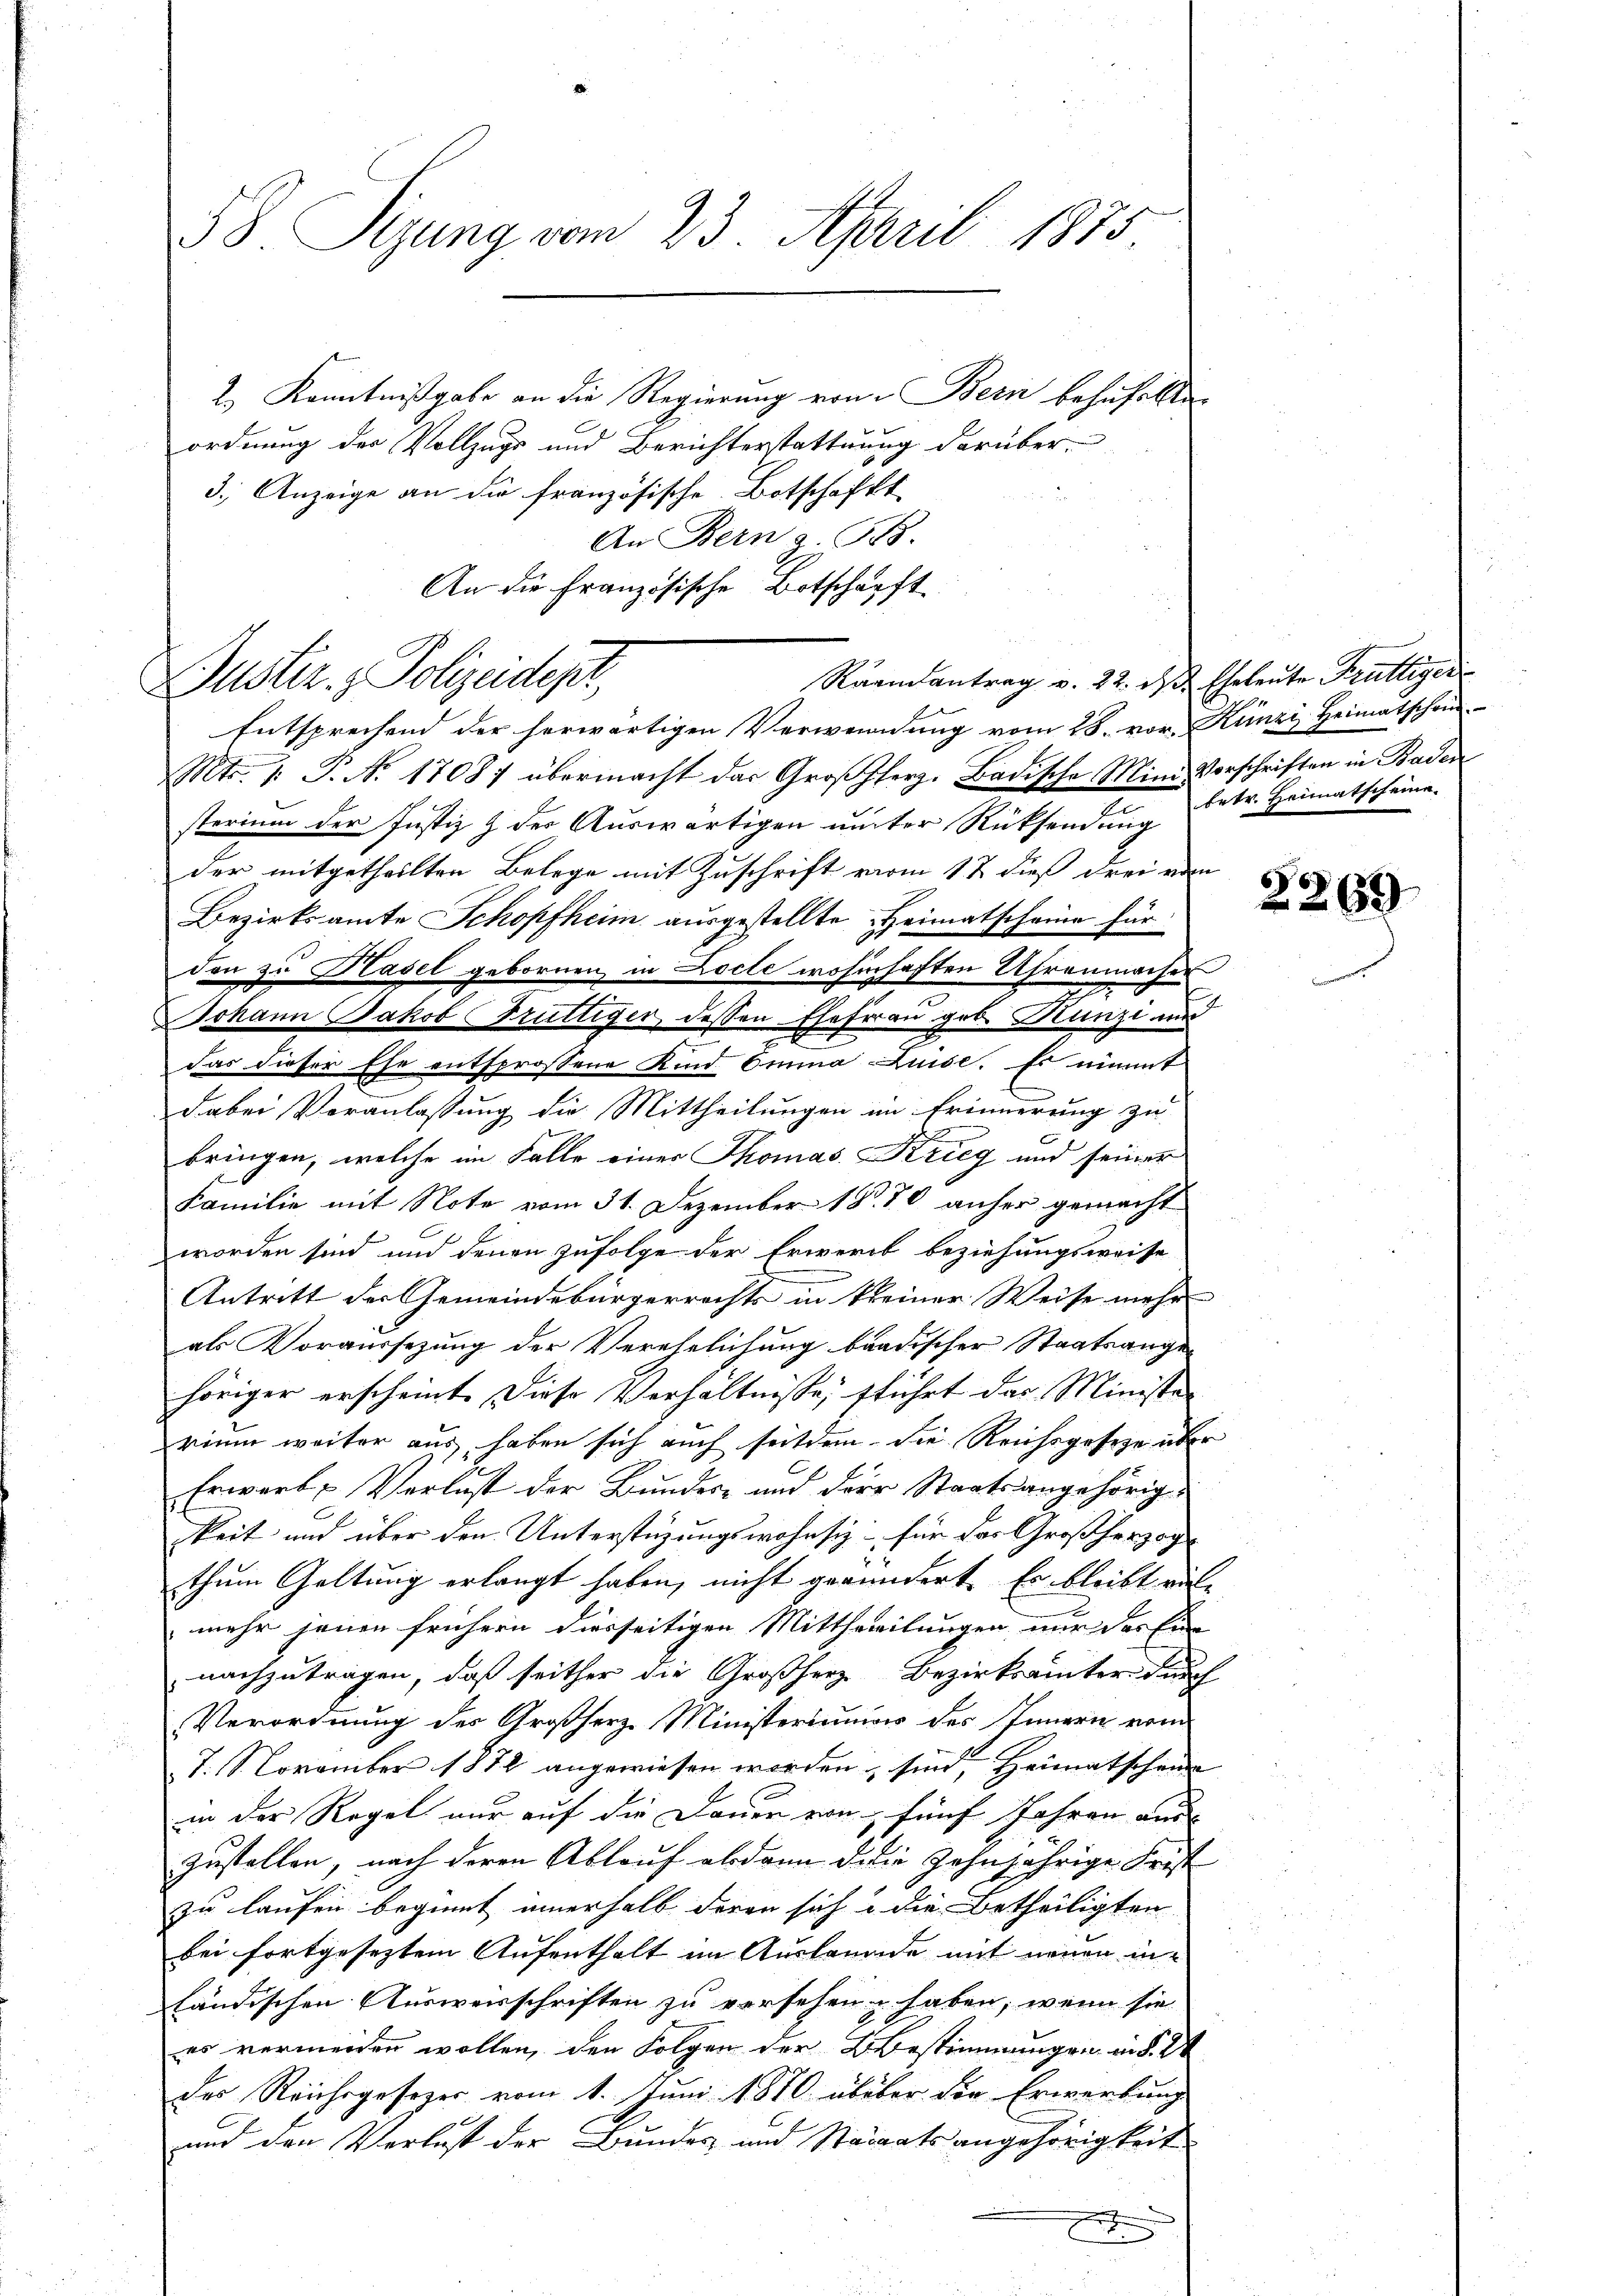
58 Sizung vom 23. April 1875

2.) Kenntnißgabe an die Regierung von Bern behufällte
ordnung der Vollzugs und Berichterstattuung darüber¬
3.) Anzeige an die französische Botschafft
An Bern a. 588.
An die Französische Botschärft
Raamantrag v. 22. des Eheleute Früttiger
Entsprechend der herwärtigen Verwendung vom 28. vor. Künzi, Heimatschein-
Mts. 1. P. Nr. 17087 übermacht das Großherz- Badische Mini Vorschriften in Baden
sterium der Justiz & der Auswärtigen unter Rücksendung
der mitgetheilten Belege mit Zuschrift vom 17 dieß drei von
Bezirksamte Schopfheim ausgestellte Heimatscheine für
den zu Hasel gebornen in Locte wohnhaften Uhrenmacher
Johann Jakob Brüttiger, dessen Ehefrau gob. Künzi aur
das dieser Ehe entsprossene Kind Emma Luise. Es nimmt
Dabei Veranlassung die Mittheilungen im Erinnerung zu
bringen, welche im Falle einer Thomas Krieg und seiner
Familie mit Note vom 31. Dezember 1870 anher gemacht
E
worden sind und denen zufolge der Erwert beziehungsweise
Antritt der Gemeindebürgerrechts in kleiner Weise mehr
als Voraussezung der Verehelichung baadischer Staatsange
höriger erscheint. Diese Verhältnisse, fführt das Ministe
rium weiter aus haben sich auch seitdem die Reichsgeseze über
Erwerb- Verlust der Bundes- und der Staatsangehörig-
gkeit und über den Unterstüzungswohnsiz - für das Großherzog
thum Geltung erlangt haben, nicht gewundert. Er bleibt väte
mehr jenen frühern diesseitigen Mittheilungen nur das Ein
nachzutragen, daß seither die Großherz Bezirksamter durch
Verordnung des Großherz Ministeriums des Innern vom
T. 1. November 1872 angewiesen worden, sind, Heimatschein
in der Regel nur auf die Dauer von fünf Jahren aus
Zustellen, nach deren Ablauf abdann die zehnjährige Frist
zu laufen beginnt innerhalb deren sich u die betheiligten
bei fortgesetztem Aufenthalt im Auslanade mit neuen inländischen Ausweisschriften zu versehen haben, wenn sie
es vermeiden wollen, den Folgen der Bestimmungen in §. 24
des Reichsgesezes vom 1. Juni 1870 übüber der Erwerbung
und den Verlust der Bundes und Staaatsangehörigkeit
e

Justiz & Polizeidepr

betr. Heimatscheine.

2269